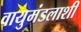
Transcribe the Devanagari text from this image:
वायुमंडलाशी